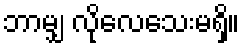
ဘာမျှ လိုလေသေးမရှိ။